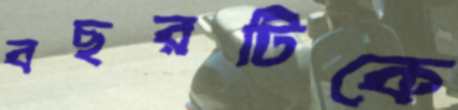
বছরটিকে